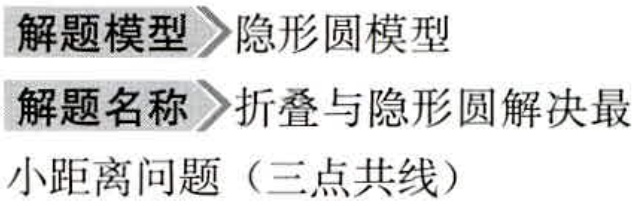
解题模型\rightarrow 隐形圆模型

解题名称\rightarrow 折叠与隐形圆解决最小距离问题（三点共线）